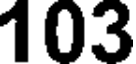
103